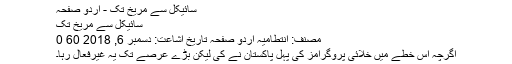
سائیکل سے مریخ تک - اردو صفحہ
سائیکل سے مریخ تک
مصنف: انتطامیہ اُردو صفحہ تاریخ اشاعت: دسمبر 6, 2018 60 0
اگرچہ اس خطے میں خلائی پروگرامز کی پہل پاکستان نے کی لیکن بڑے عرصے تک یہ غیرفعال رہا۔